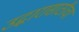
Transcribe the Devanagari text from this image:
उद्धारासाठीचा